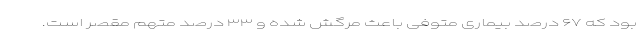
بود که ۶۷ درصد بیماری متوفی باعث مرگش شده و ۳۳ درصد متهم مقصر است.